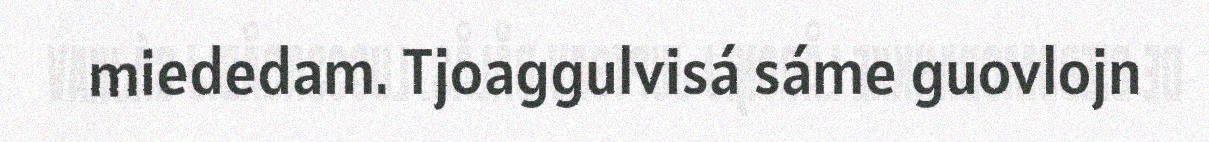
miededam. Tjoaggulvisá sáme guovlojn